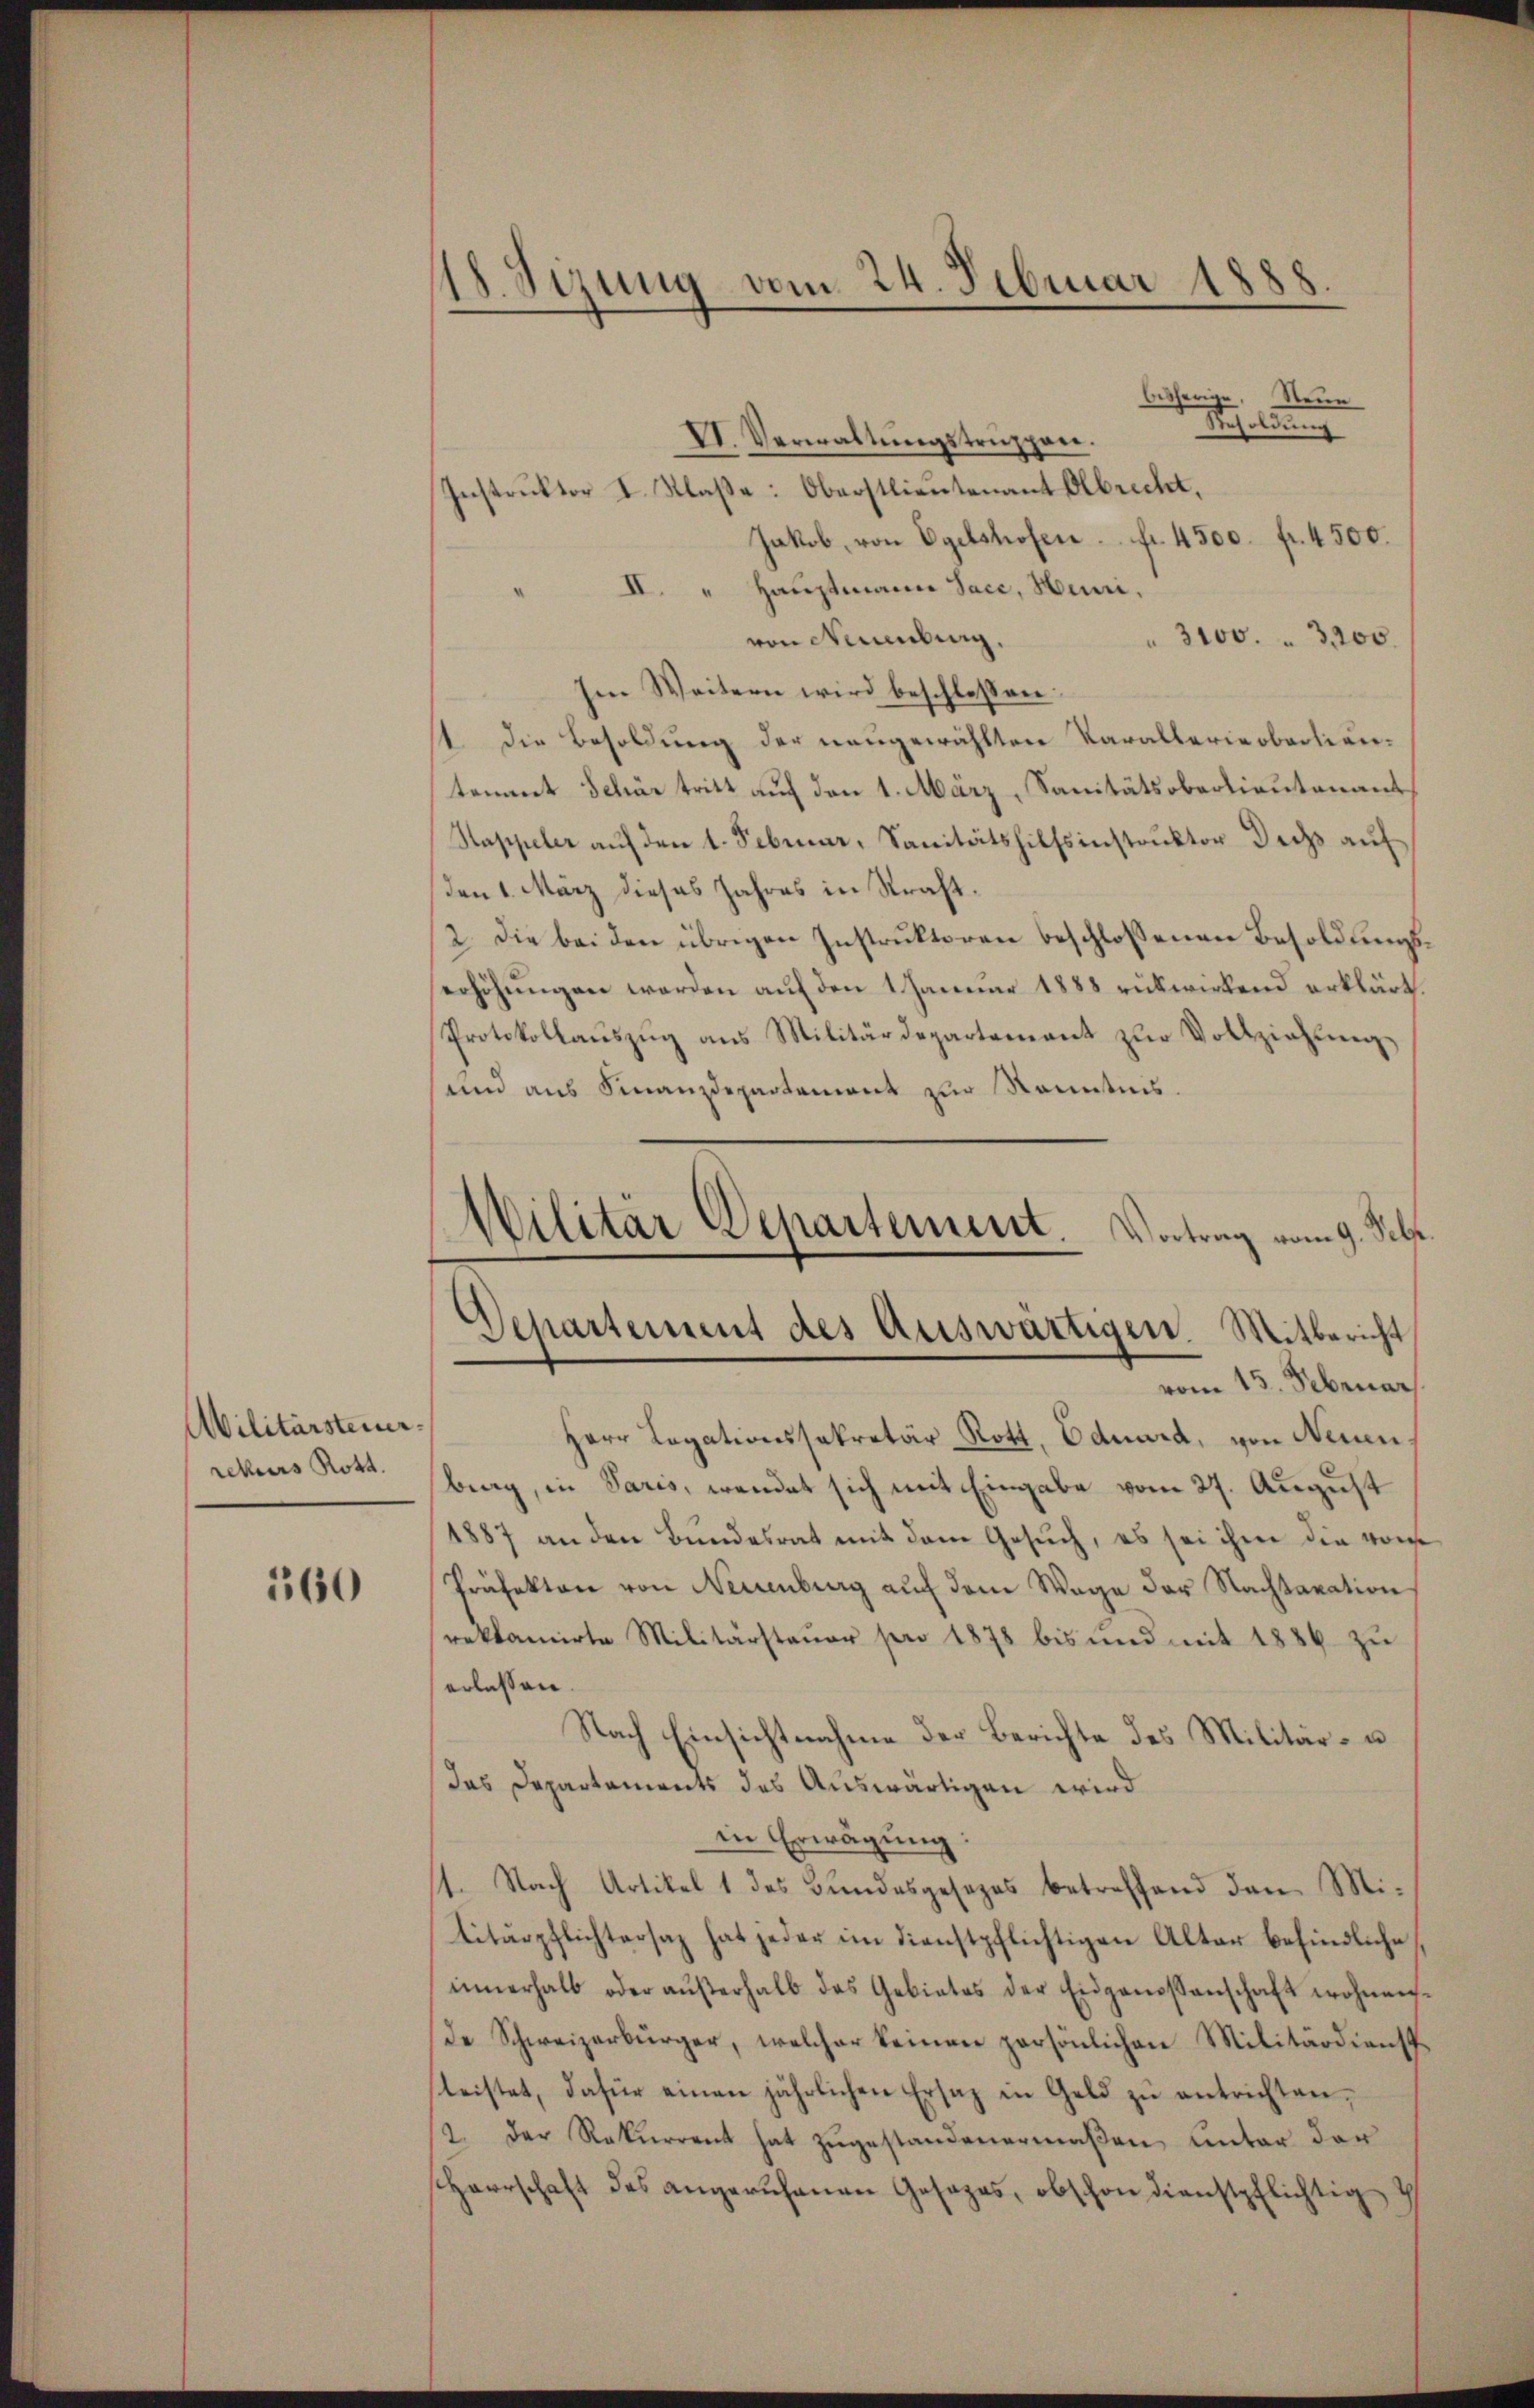
Militärsteuerrekurs Rott.

360

18. Sizung vom 24. Februar 1888.
bisherige. Neue

Besoldung
VI. Verwaltŭngstrŭppen.
Instruktor I. Klaße: Oberstlieutenant Albrecht,
Jakob, von Egelshofen fr. 4500. fr. 4500.
II. " Hauptmann Sacc, Huni.
von Neuenburg.
 3100. 3200.
Ien Weitern wird beschlossen:
11. die Besoldung der neugewählten Parallerieobaclien-
tement Schär tritt auf den 1. März, Sanitätsoberlieutenant
Htappeler auf den 1. Februar, Sanitätshilfsinstruktor Doch auf
den 1. März dieses Jahres in Straft¬
2. Die bei den übrigen Instruktoren beschlossenen Besoldungserhöhungen werden auf den 1 Januar 1888 rükwirkend erklärt.
Protokollaŭszŭg ans Militärdepartement zŭr Vollziehung,
und aus Finanzdepartement zur Kenntnis

Herr Legationssakretär Rott, Eduard, von Neuen
brag, in Paris, wendet sich mit Eingabe vom 27. August
1887 an den Bundesrat mit dem Gesuch, es sei ihm die vom
Präfekten von Neuenburg auf dem Wage der Nachtaxation
reklamirte Militärsteŭer per 1878 bis und mit 1886 zŭ
erlassen.
Nach Einsichtnahme der Berichte des Militär- u.
das Departements des Auswärtigen wird
in Erwägung:
1. Nach Artikel 1 des Bundesgesezes betreffend den Mititärpflichtersaz hat jeder im dienstpflichtigen Alter befindliche
innerhalb oder aŭβerhalb das Gebietes der Eidgenossenschaft wohnen-
de Schweizerbürger, welcher keinen persönlichen Militärdienstleistet, dafür einen jährlichen Ersatz in Geld zŭ entrichten,
2. Der Rekurrent hat zugestandenermaßen, unter der
Herrschaft des angeruhenen Gesages, obschon dienstpflichtig

Militär Departement.
Vortrag vom 9. Febr.
Departement des Auswärtigen. Mitbericht
vom 15. Februar